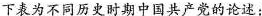
下表为不同历史时期中国共产党的论述：